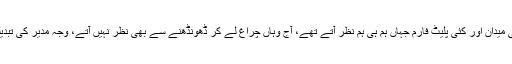
کئی میدان اور کئی پلیٹ فارم جہاں ہم ہی ہم نظر آتے تھے، آج وہاں چراغ لے کر ڈھونڈھنے سے بھی نظر نہیں آتے، وجہ مدیر کی تبدیلی۔